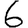
Digit: 6